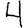
Digit: 4